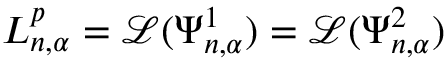
L _ { n , \alpha } ^ { p } = \mathcal { L } ( \Psi _ { n , \alpha } ^ { 1 } ) = \mathcal { L } ( \Psi _ { n , \alpha } ^ { 2 } )